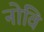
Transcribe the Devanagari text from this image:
नोवि